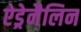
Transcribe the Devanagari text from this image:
ऐड्रेनैलिन